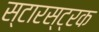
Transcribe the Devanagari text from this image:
स्टारस्ट्रक